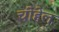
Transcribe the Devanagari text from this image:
चोहेल